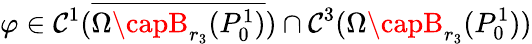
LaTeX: \varphi\in\mathcal{C}^{1}(\overline{{{\Omega\capB_{r_{3}}(P_{0}^{1})}}})\cap\mathcal{C}^{3}({\Omega\capB_{r_{3}}(P_{0}^{1})})